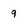
Character: 9